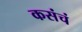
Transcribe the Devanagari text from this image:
कसंचं